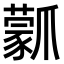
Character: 𤔾